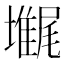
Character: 𡓋